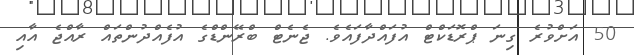
50 އަށްވުރެ ގިނަ ޕްރޮޑަކްޓް އުފައްދާފައެވެ. ޖެނެޓް ބްރޭންޑްގެ އުފެއްދުންތައް ރާއްޖެ އާއި